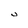
Character: U